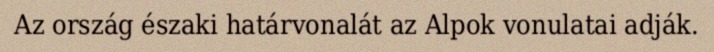
Az ország északi határvonalát az Alpok vonulatai adják.